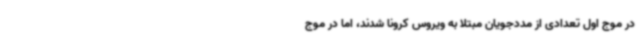
در موج اول تعدادی از مددجویان مبتلا به ویروس کرونا شدند، اما در موج